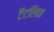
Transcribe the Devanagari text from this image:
टैंटलिक